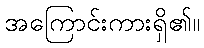
အကြောင်းကားရှိ၏။